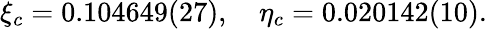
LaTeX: \xi_{c}=0.104649(27),\quad\eta_{c}=0.020142(10).